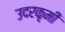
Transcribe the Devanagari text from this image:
उदरकृमी